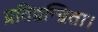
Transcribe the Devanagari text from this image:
प्रतिद्वन्द्विता।